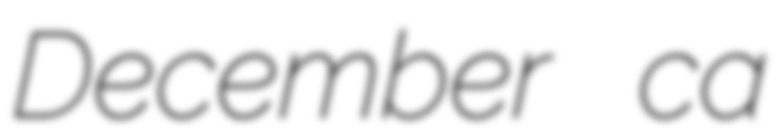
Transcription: December ca